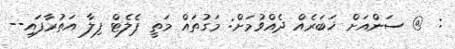
: @ ސަންއަށް ޚަބަރެއް ދެއްވުމަށް: މަގުތައް މަތީ ޕެލެޓް ފިލާ އަތުރާފައި--